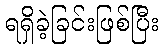
ရရှိခဲ့ခြင်းဖြစ်ပြီး